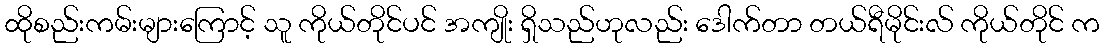
ထိုစည်းကမ်းများကြောင့် သူ ကိုယ်တိုင်ပင် အကျိုး ရှိသည်ဟုလည်း ဒေါက်တာ တယ်ရီမိုင်းလ် ကိုယ်တိုင် က